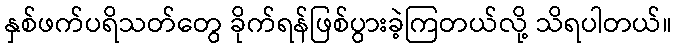
နှစ်ဖက်ပရိသတ်တွေ ခိုက်ရန်ဖြစ်ပွားခဲ့ကြတယ်လို့ သိရပါတယ်။